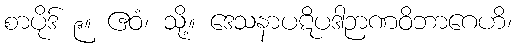
စာပိုဒ် ၉။ ဧဝံ၊ သို့။ ဒေသနာပဋိပဒါဉာဏဝိဘာဂေဟိ၊